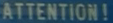
ATTENTION!